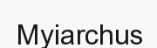
Myiarchus